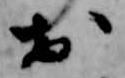
於